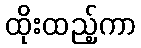
ထိုးထည့်ကာ